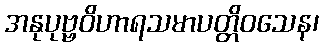
အနုပုဗ္ဗဝိဟာရသမာပတ္တိဝသေန၊